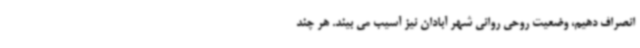
انصراف دهیم، وضعیت روحی روانی شهر آبادان نیز آسیب می بیند. هر چند